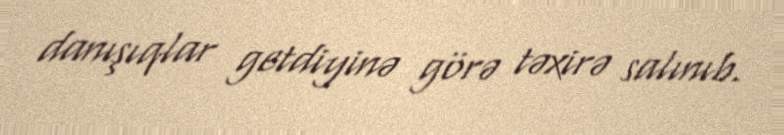
danışıqlar getdiyinə görə təxirə salınıb.